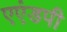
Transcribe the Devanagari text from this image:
एएंडपी